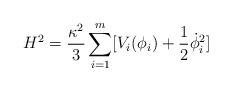
LaTeX: \begin{align*}H^2=\frac{\kappa ^2}{3}\sum_{i=1}^{m}[V_i(\phi_i)+\frac{1}{2}\dot{\phi}_i^2]\end{align*}